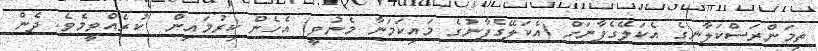
ތިމަންރަސްކަލާނގެ އެކަލޭގެފާނަށް (އެކަލޭގެފާނުގެ މައިކަމަނާ މެނުވީ) އެހެން ކިރުމައިން  ކުރެއްވީމެވެ. ދެން